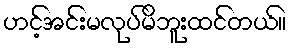
ဟင့်အင်းမလုပ်မိဘူးထင်တယ်။